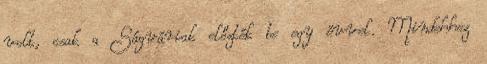
volt, csak a Ságváriak előzték be egy évvel. Mindehhez